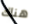
هناك